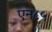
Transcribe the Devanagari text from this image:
एन८५